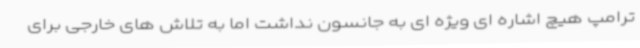
ترامپ هیچ اشاره ای ویژه ای به جانسون نداشت اما به تلاش های خارجی برای